Civil Veterinary Dept. North-West Frontier Province 1923-32 - 1923-1932
Year: 1923
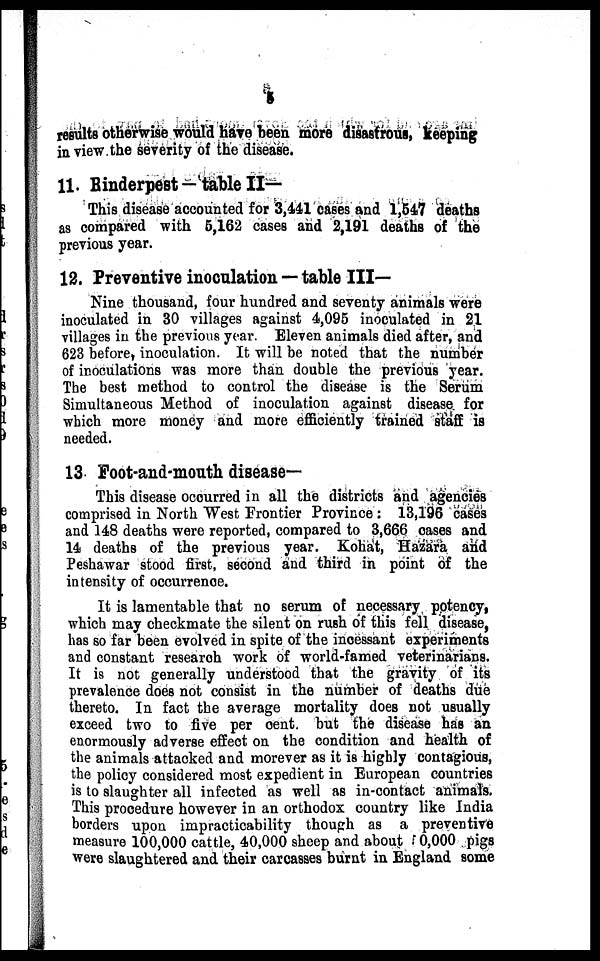
5
results otherwise would have been more disastrous, keeping
in view the severity of the disease.
11. Rinderpest — table II—
This disease accounted for 3,441 cases and 1,547 deaths
as compared with 5,162 cases and 2,191 deaths of the
previous year.
12. Preventive inoculation — table III—
Nine thousand, four hundred and seventy animals were
inoculated in 30 villages against 4,095 inoculated in 21
villages in the previous year. Eleven animals died after, and
623 before, inoculation. It will be noted that the number
of inoculations was more than double the previous year.
The best method to control the disease is the Serum
Simultaneous Method of inoculation against disease for
which more money and more efficiently trained staff is
needed.
13 Foot-and-mouth disease—
This disease occurred in all the districts and agencies
comprised in North West Frontier Province: 13,196 cases
and 148 deaths were reported, compared to 3,666 cases and
14 deaths of the previous year. Kohat, Hazara and
Peshawar stood first, second and third in point of the
intensity of occurrence.
It is lamentable that no serum of necessary potency,
which may checkmate the silent on rush of this fell disease,
has so far been evolved in spite of the incessant experiments
and constant research work of world-famed veterinarians.
It is not generally understood that the gravity of its
prevalence does not consist in the number of deaths due
thereto. In fact the average mortality does not usually
exceed two to five per cent but the disease has an
enormously adverse effect on the condition and health of
the animals attacked and morever as it is highly contagious,
the policy considered most expedient in European countries
is to slaughter all infected as well as in-contact animals.
This procedure however in an orthodox country like India
borders upon impracticability though as a preventive
measure 100,000 cattle, 40,000 sheep and about 0,000 pigs
were slaughtered and their carcasses burnt in England some